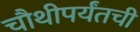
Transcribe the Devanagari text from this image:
चौथीपर्यंतची